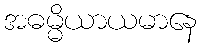
အဓမ္မိယာယမာနေ